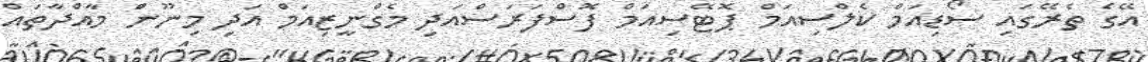
އޭގެ ތެރޭގައި ސޯޑިއަމް ކެލްސިއަމް ޕޮޓޭސިއަމް ފޮސްފަރަސްއަދި މެގްނީޒިއަމް އަދި މިނޫންަ މާއްދާތައް